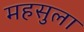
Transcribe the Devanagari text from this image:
महसुला